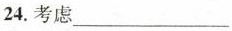
24.考虑___